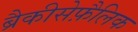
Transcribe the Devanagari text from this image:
ब्रैकीसेफ़ैलिक